Report on the Nagpur School of Medicine, Central Provinces
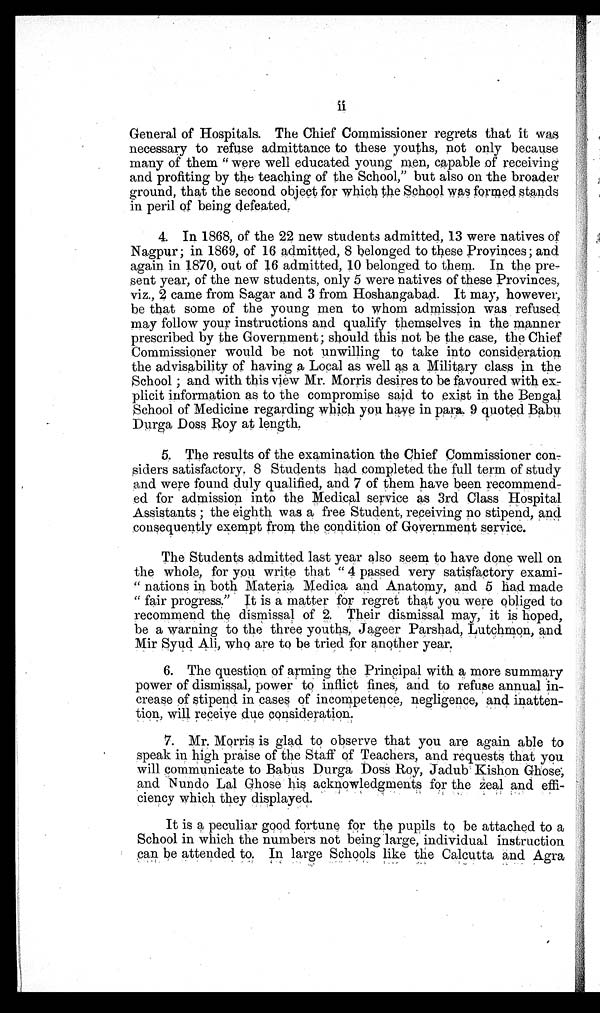
ii
General of Hospitals. The Chief Commissioner regrets that it was
necessary to refuse admittance to these youths, not only because
many of t hem " wer e wel l educat ed young men, capabl e of r ecei vi ng
and profiting by the teaching of the School," but also on the broader
ground, that the second object for which the School was formed stands
in peril of being defeated.
4. In 1868, of the 22 new students admitted, 13 were natives of
Nagpur; in 1869, of 16 admitted, 8 belonged to these Provinces; and
again in 1870, out of 16 admitted, 10 belonged to them. In the pre-
sent year, of the new students, only 5 were natives of these Provinces,
viz., 2 came from Sagar and 3 from Hoshangabad. It may, however,
be that some of the young men to whom admission was refused
may follow your instructions and qualify themselves in the manner
prescribed by the Government; should this not be the case, the Chief
Commissioner would be not unwilling to take into consideration
the advisability of having a Local as well as a Military class in the
School; and with this view Mr. Morris desires to be favoured with ex-
plicit information as to the compromise said to exist in the Bengal
School of Medicine regarding which you have in para. 9 quoted Babu
Durga Doss Roy at length.
5. The results of the examination the Chief Commissioner con-
siders satisfactory. 8 Students had completed the full term of study
and were found duly qualified, and 7 of them have been recommend-
-ed for admission into the Medical service as 3rd Class Hospital
Assistants; the eighth was a free Student, receiving no stipend, and
consequently exempt from the condition of Government service.
The Students admitted last year also seem to have done well on
the whole, for you write that " 4 passed very satisfactory exami-
-nations in both Materia Medica and Anatomy, and 5 had made
" fair progress." It is a matter for regret that you were obliged to
recommend the dismissal of 2. Their dismissal may, it is hoped,
be a warning to the three youths, Jageer Parshad, Lutchmon, and
Mir Syud Ali, who are to be tried for another year.
6. The question of arming the Principal with a more summary
power of dismissal, power to inflict fines, and to refuse annual in-
crease of stipend in cases of incompetence, negligence, and inatten-
tion, will receive due consideration.
7. Mr. Morris is glad to observe that you are again able to
speak in high praise of the Staff of Teachers, and requests that you
will communicate to Babus Durga Doss Roy, Jadub Kishon Ghose,
and Nundo Lal Ghose his acknowledgments for the Zeal and effi-
ciency which they displayed.
It is a peculiar good fortune for the pupils to be attached to a
School in which the numbers not being large, individual instruction
can be attended to. In large Schools like the Calcutta and Agra